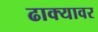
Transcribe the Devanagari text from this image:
ढाक्यावर